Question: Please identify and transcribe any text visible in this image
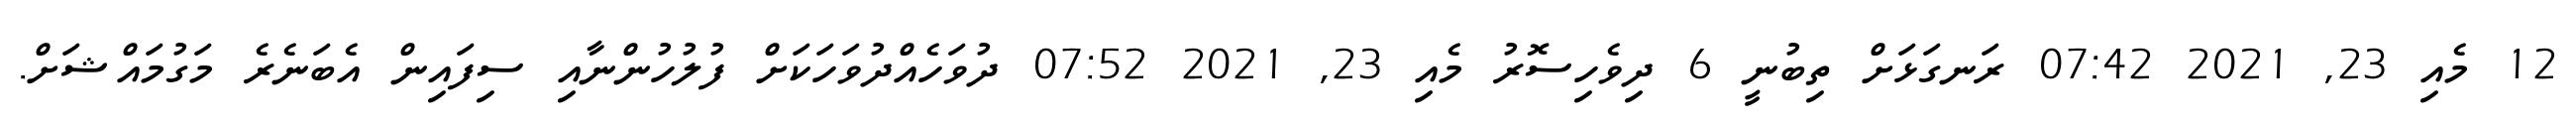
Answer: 12 މެއި 23, 2021 07:42 ރަނގަޅަށް ތިބުނީ 6 ދިވެހިސޮރު މެއި 23, 2021 07:52 ދުވަހެއްދުވަހަކަށް ފުލުހުންނާއި ސިފައިން އެބަނެރެ މަގުމައްޝަށް.